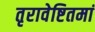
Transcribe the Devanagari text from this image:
तृरावेष्टितमां